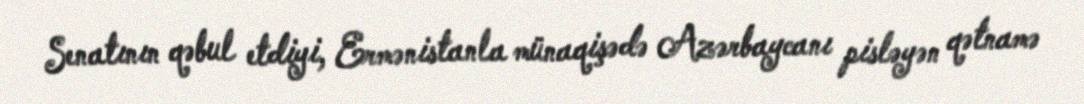
Senatının qəbul etdiyi, Ermənistanla münaqişədə Azərbaycanı pisləyən qətnamə